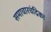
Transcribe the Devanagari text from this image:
समाचारचंद्रिका